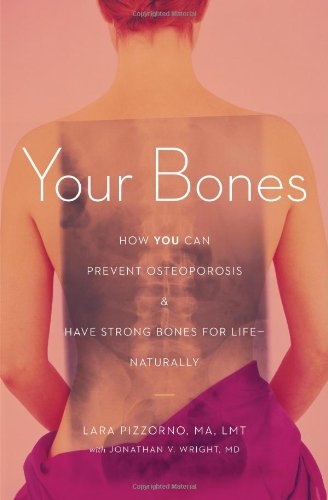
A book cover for Your Bones: How You Can Prevent Osteoporosis & Have Strong Bones for Life Naturally; Lara Pizzorno; Health, Fitness & Dieting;